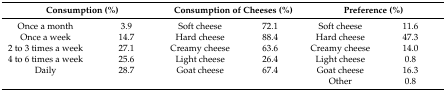
<table><thead><tr><td colspan="2"><b>Consumption (%)</b></td><td colspan="2"><b>Consumption of Cheeses (%)</b></td><td colspan="2"><b>Preference (%)</b></td></tr></thead><tbody><tr><td>Once a month</td><td>3.9</td><td>Soft cheese</td><td>72.1</td><td>Soft cheese</td><td>11.6</td></tr><tr><td>Once a week</td><td>14.7</td><td>Hard cheese</td><td>88.4</td><td>Hard cheese</td><td>47.3</td></tr><tr><td>2 to 3 times a week</td><td>27.1</td><td>Creamy cheese</td><td>63.6</td><td>Creamy cheese</td><td>14.0</td></tr><tr><td>4 to 6 times a week</td><td>25.6</td><td>Light cheese</td><td>26.4</td><td>Light cheese</td><td>0.8</td></tr><tr><td>Daily</td><td>28.7</td><td>Goat cheese</td><td>67.4</td><td>Goat cheese</td><td>16.3</td></tr><tr><td></td><td></td><td></td><td></td><td>Other</td><td>0.8</td></tr></tbody></table>